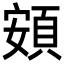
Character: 頞